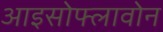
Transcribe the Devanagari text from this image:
आइसोफ्लावोन